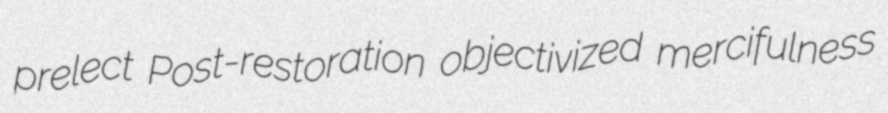
prelect Post-restoration objectivized mercifulness